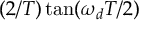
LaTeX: ( 2 / T ) \tan ( \omega _ { d } T / 2 )